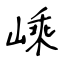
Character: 嵊